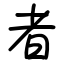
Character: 者